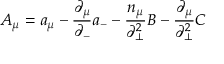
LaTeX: A _ { \mu } = a _ { \mu } - \frac { { \partial } _ { \mu } } { { \partial } _ { - } } a _ { - } - \frac { n _ { \mu } } { { \partial } _ { \bot } ^ { 2 } } B - \frac { { \partial } _ { \mu } } { { \partial } _ { \bot } ^ { 2 } } C